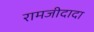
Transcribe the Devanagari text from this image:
रामजीदादा